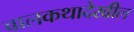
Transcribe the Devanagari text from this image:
बालकथादेखील